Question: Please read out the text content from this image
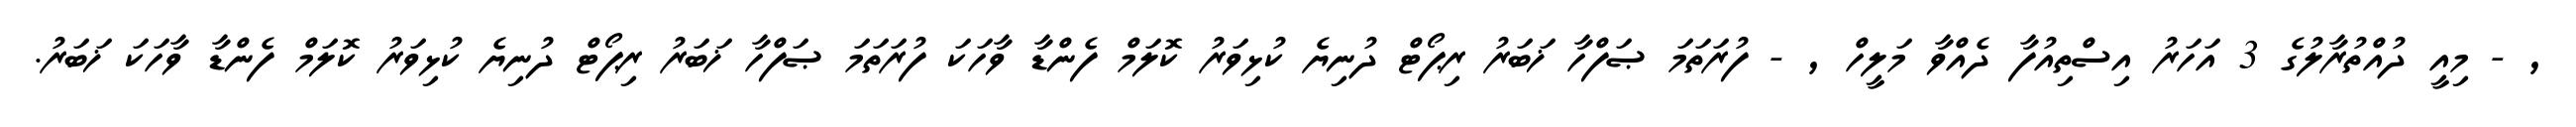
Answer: , - މިއީ ދުއްތުރާލުގެ 3 އަހަރު އިސްތިއުފާ ދެއްވާ މަލީހް , - ފުރަތަމަ ޞަފްހާ ޚަބަރު ރިޕޯޓް ދުނިޔެ ކުޅިވަރު ކޮލަމް ފެންޑާ ވާހަކަ ފުރަތަމަ ޞަފްހާ ޚަބަރު ރިޕޯޓް ދުނިޔެ ކުޅިވަރު ކޮލަމް ފެންޑާ ވާހަކަ ޚަބަރު.